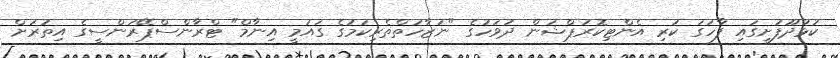
ކުޅުދޫފުށީގައި ފާހަގަ ކުރި އެންޓިކޮރަޕްޝަން ދުވަހުގެ "ނަޒާހަތްތެރިކަމުގެ ގައުމީ އިނާމް" ޓްރާންސްޕޭރަންސީގެ އިތުރަށް